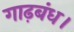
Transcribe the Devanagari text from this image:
गाढ़बंध।